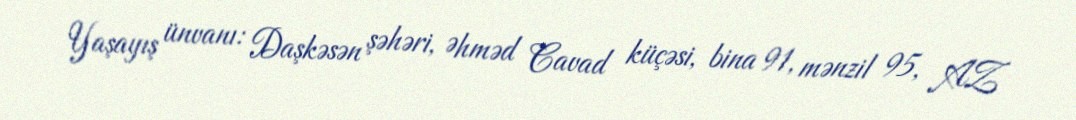
Yaşayış ünvanı: Daşkəsən şəhəri, Əhməd Cavad küçəsi, bina 91, mənzil 95, AZ